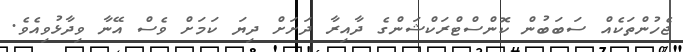
ޖެހުންތަކެއް ސަބަބުން ކޮންސްޓްރަކްޝަންގެ ދާއިރާ ދަށަށް ދިޔަ ކަމަށް ވެސް އޭނާ ވިދާޅުވިއެވެ.